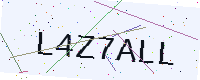
Text: L4Z7ALL